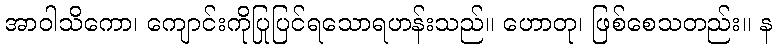
အာဝါသိကော၊ ကျောင်းကိုပြုပြင်ရသောရဟန်းသည်။ ဟောတု၊ ဖြစ်စေသတည်း။ န